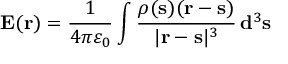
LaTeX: \mathbf { E } ( \mathbf { r } ) = { \frac { 1 } { 4 \pi \varepsilon _ { 0 } } } \int { \frac { \rho ( \mathbf { s } ) ( \mathbf { r } - \mathbf { s } ) } { | \mathbf { r } - \mathbf { s } | ^ { 3 } } } \, \mathbf { d } ^ { 3 } \mathbf { s }